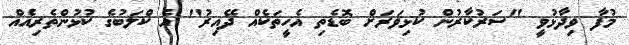
މުފާ ވިދާޅުވީ "ސަރުކާރުން ކުޅިވަރަށް ބޮޑެތި އެހީތަކެއް ދޭއިރު" އެ ކްލަބުގެ ކުޅުންތެރިއެއް